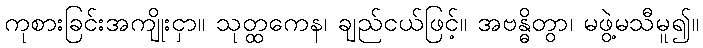
ကုစားခြင်းအကျိုးငှာ။ သုတ္ထကေန၊ ချည်ငယ်ဖြင့်။ အဗန္ဓိတွာ၊ မဖွဲ့မသီမူ၍။